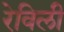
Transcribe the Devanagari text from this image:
रेविली